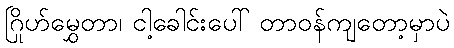
ဂြိုဟ်မွှေတာ၊ ငါ့ခေါင်းပေါ် တာဝန်ကျတော့မှာပဲ